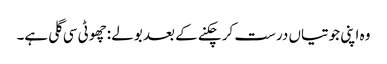
وہ اپنی جوتیاں درست کر چکنے کے بعد بولے :چھوٹی سی گلی ہے۔